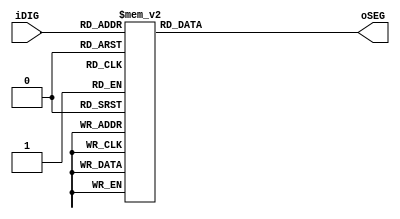
module SEG7_LUT(oSEG, iDIG) ;
	input wire[3:0]iDIG; //BCD
	output reg [7:0] oSEG;//7
	always@(iDIG)//BCD
	begin//case
		case (iDIG)//gfedcba
		/****************  abcd_efgh*/
			4'h0: oSEG <= 8'b0000_0011;// 0
			4'h1: oSEG <= 8'b1001_1111;// 1		
			4'h2: oSEG <= 8'b0010_0101;// 2		
			4'h3: oSEG <= 8'b0000_1101;// 3		
			4'h4: oSEG <= 8'b1001_1001;// 4		
			4'h5: oSEG <= 8'b0100_1001;// 5		
			4'h6: oSEG <= 8'b0100_0001;// 6		
			4'h7: oSEG <= 8'b0001_1111;// 7		
			4'h8: oSEG <= 8'b0000_0001;// 8		
			4'h9: oSEG <= 8'b0000_1001;// 9		
			4'ha: oSEG <= 8'b0001_0001;// a		
			4'hb: oSEG <= 8'b1100_0001;// b		
			4'hc: oSEG <= 8'b0110_0011;// c		
			4'hd: oSEG <= 8'b1000_0101;// d		
			4'he: oSEG <= 8'b0110_0001;// E		
			4'hf: oSEG <= 8'b0111_0001;// F		
		endcase
	end
endmodule